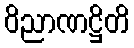
ဝိညာဏဋ္ဌိတိ